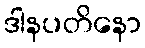
ဒါနပတိနော